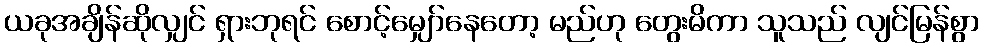
ယခုအချိန်ဆိုလျှင် ရှားဘုရင် စောင့်မျှော်နေတော့ မည်ဟု တွေးမိကာ သူသည် လျင်မြန်စွာ